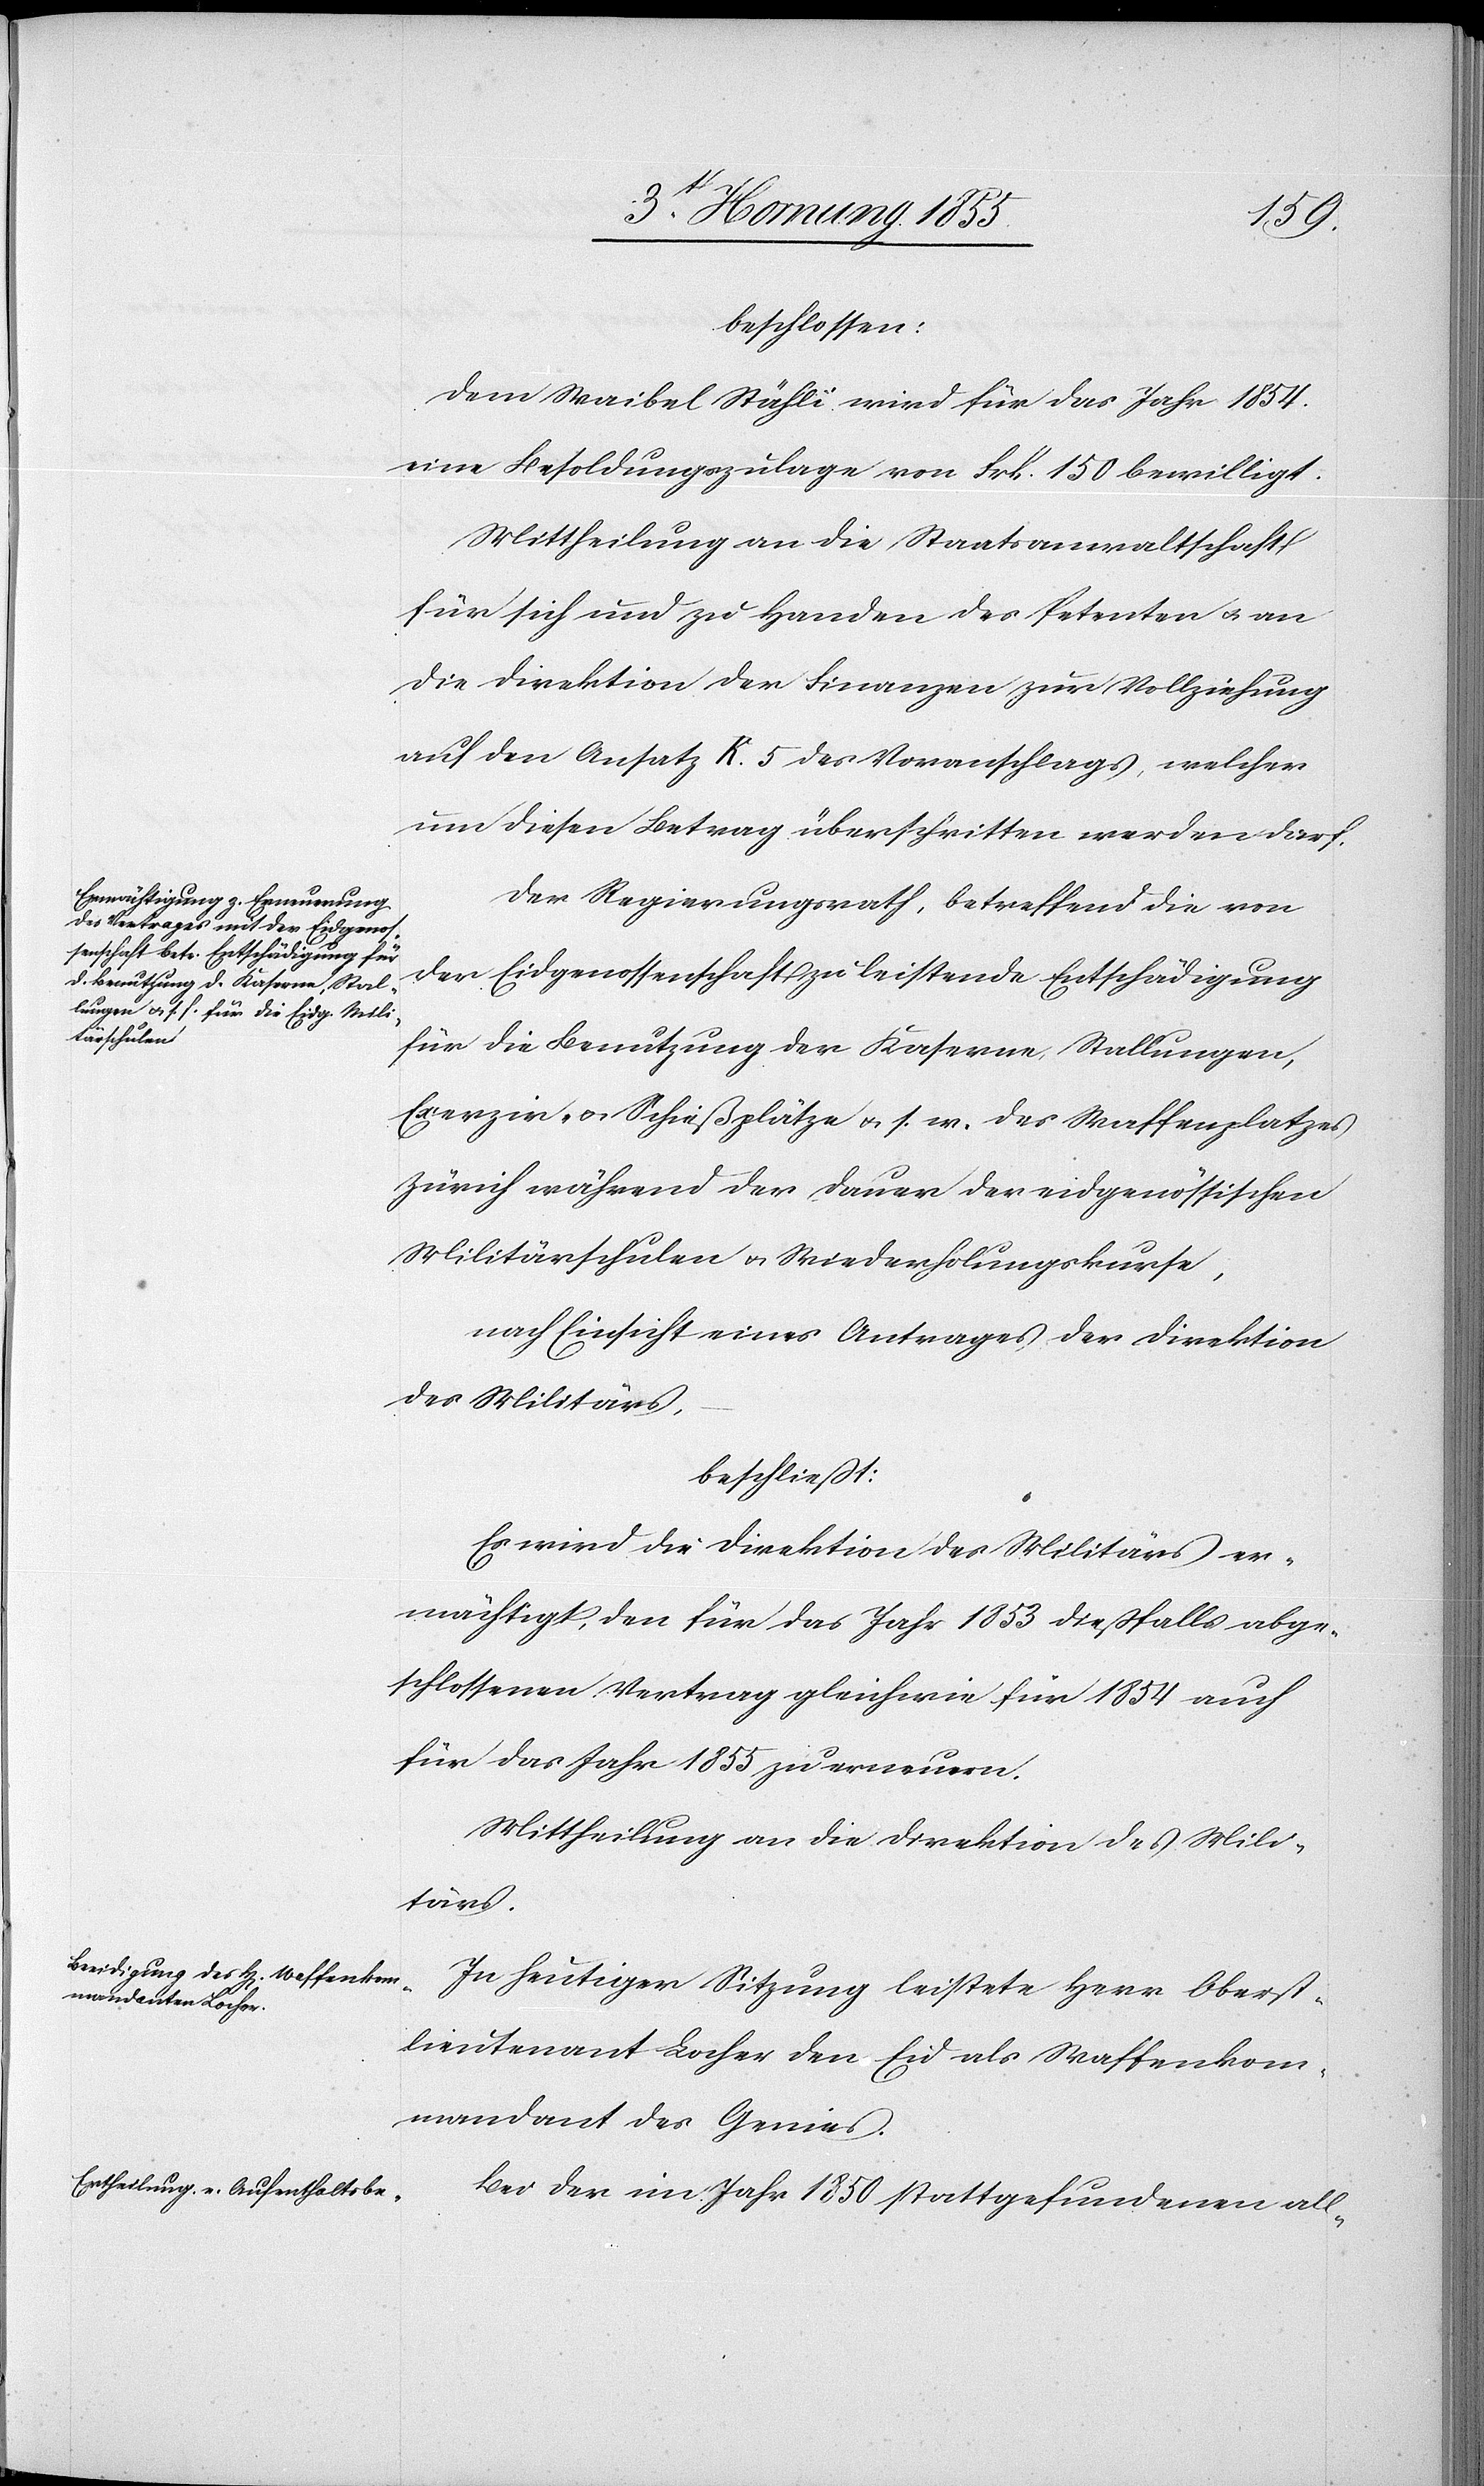
beschlossen:
Dem Waibel Stähli wird für das Jahr 1854.
eine Besoldungszulage von Frk. 150 bewilligt.
Mittheilung an die Staatsanwaltschaft
für sich und zu Handen des Petenten & an
die Direktion der Finanzen zur Vollziehung
auf den Ansatz K. 5 des Voranschlags, welcher
um diesen Betrag überschritten werden darf.
Der Regierungsrath, betreffend die von
der Eidgenossenschaft zu leistende Entschädigung
für die Benutzung der Kaserne, Stallungen,
Exerzir- & Schießplätze & s. w. des Waffenplatzes
Zürich während der Dauer der eidgenössischen
Militärschulen & Wiederholungskurse,
nach Einsicht eines Antrages der Direktion
des Militärs,
beschliesst:
Es wird die Direktion des Militärs er¬
mächtigt, den für das Jahr 1853 dießfalls abge¬
schlossenen Vertrag gleichwie für 1854 auch
für das Jahr 1855 zu erneuern.
Mittheilung an die Direktion des Mili¬
tärs.
In heutiger Sitzung leistete Herr Oberst¬
lieutenant Locher den Eid als Waffenkom¬
mandant des Genies.
Bei der im Jahr 1850 stattgefundenen all-